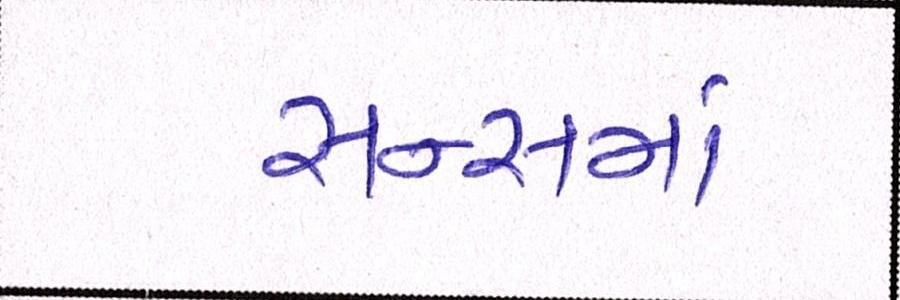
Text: સન્સમાં